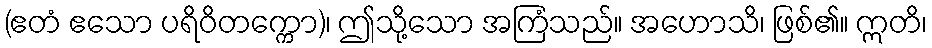
(ဧတံ ဧသော ပရိဝိတက္ကော)၊ ဤသို့သော အကြံသည်။ အဟောသိ၊ ဖြစ်၏။ ဣတိ၊